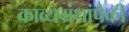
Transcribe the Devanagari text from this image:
काव्यग्रंथांपैकी